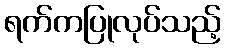
ရက်ကပြုလုပ်သည့်